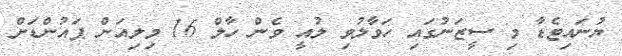
ޔުނައިޓެޑާ މި ސީޒަނުގައި ހަވާލުވި ލުއީ ވެން ހާލް 16 މިލިއަން ޕައުންޑަށް